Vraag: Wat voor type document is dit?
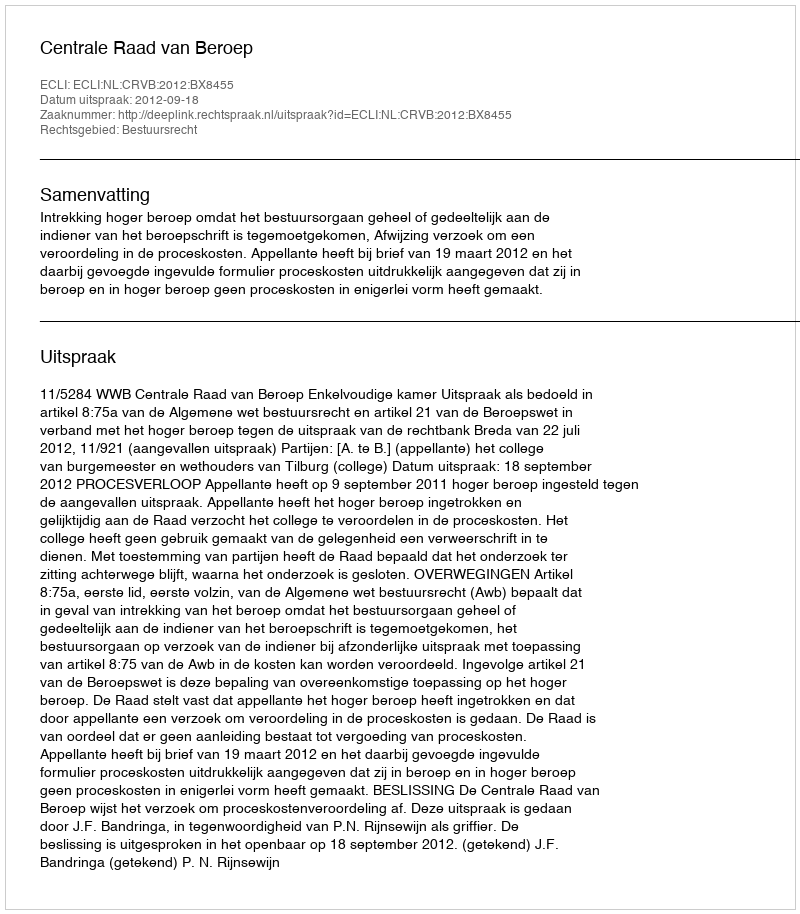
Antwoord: Uitspraak